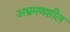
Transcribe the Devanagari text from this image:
अभ्रमणशील